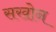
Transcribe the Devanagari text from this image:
सखोन